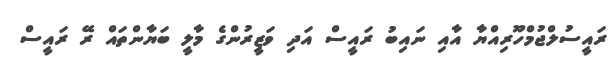
ރައީސުލްޖުމްހޫރިއްޔާ އާއި ނައިބު ރައީސް އަދި ވަޒީރުންގެ މާލީ ބަޔާންތައް ރޭ ރައީސް